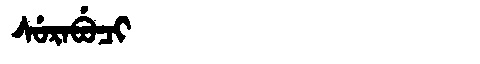
Manchu: ᠰᡠᡵᠠᠪᡠᠴᡳ
Romanization: SURABUCI